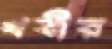
খবীর